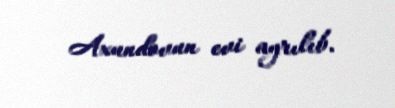
Axundovun evi ayrılıb.